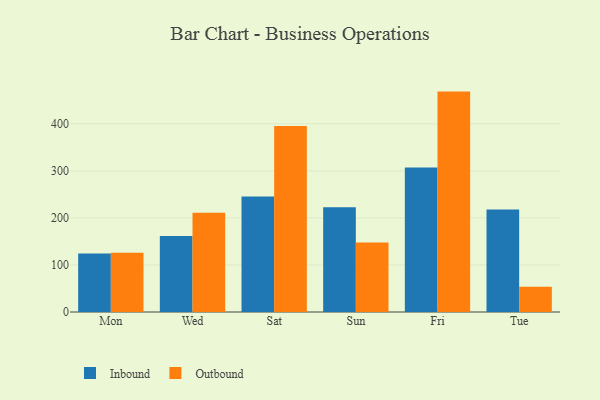
{"axis": {"x": "Day", "y": "Demand Index"}, "legend": ["Inbound", "Outbound"], "data": [{"x": "Mon", "y": 124.3, "type": "Inbound"}, {"x": "Mon", "y": 125.9, "type": "Outbound"}, {"x": "Wed", "y": 161.7, "type": "Inbound"}, {"x": "Wed", "y": 211.2, "type": "Outbound"}, {"x": "Sat", "y": 245.5, "type": "Inbound"}, {"x": "Sat", "y": 395.5, "type": "Outbound"}, {"x": "Sun", "y": 222.7, "type": "Inbound"}, {"x": "Sun", "y": 147.7, "type": "Outbound"}, {"x": "Fri", "y": 307.2, "type": "Inbound"}, {"x": "Fri", "y": 468.5, "type": "Outbound"}, {"x": "Tue", "y": 217.7, "type": "Inbound"}, {"x": "Tue", "y": 53.8, "type": "Outbound"}]}